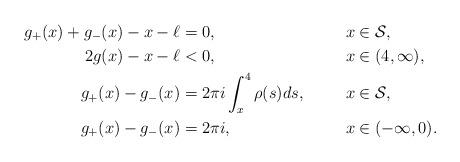
LaTeX: \begin{align*}g_+(x) + g_-(x) - x - \ell & = 0, & x & \in \mathcal{S} ,&\\2g(x) - x - \ell & < 0, & x & \in (4,\infty),& \\g_+(x) - g_-(x) & = 2\pi i \int^{4}_x \rho(s) ds, & x & \in \mathcal{S},& \\g_+(x) - g_-(x) & = 2\pi i , & x & \in (-\infty,0).&\end{align*}